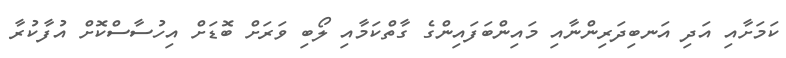
ކަމަށާއި އަދި އަނބިދަރިންނާއި މައިންބަފައިންގެ ގާތްކަމާއި ލޯބި ވަރަށް ބޮޑަށް އިހުސާސްކޮށް އުފާކުރާ